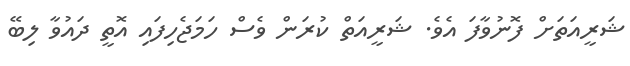
ޝަރީއަތަށް ފޮނުވާފަ އެވެ. ޝަރީއަތް ކުރަން ވެސް ހަމަޖެހިފައި އޮތީ ދައުވާ ލިބޭ